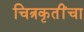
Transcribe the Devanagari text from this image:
चित्रकृतींचा